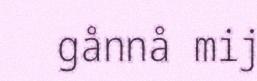
gånnå mij